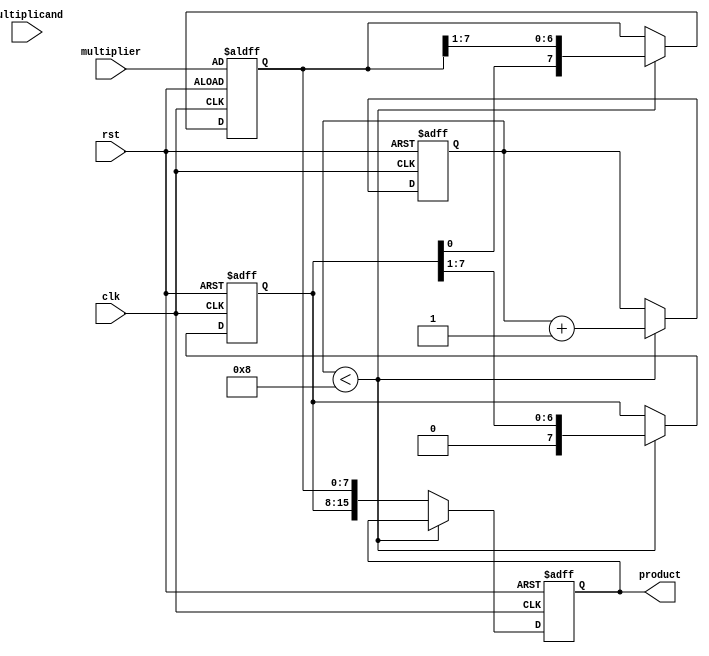
module ModifiedBoothMultiplier #(parameter N = 8) (
    input signed [N-1:0] multiplicand,
    input signed [N-1:0] multiplier,
    output reg signed [2*N-1:0] product,
    input clk,
    input rst
);

    reg signed [N-1:0] A;                // Accumulator
    reg signed [N-1:0] Q;                // Multiplier
    reg signed [N-1:0] M;                // Multiplicand
    reg Q1;                               // Previous bit of Q
    reg [3:0] count;                     // Count for iterations

    always @(posedge clk or posedge rst) begin
        if (rst) begin
            A <= 0;
            Q <= multiplier;
            M <= multiplicand;
            Q1 <= 0;
            product <= 0;
            count <= 0;
        end else begin
            if (count < N) begin
                case ({Q[0], Q1})
                    2'b00: begin
                        // No operation
                        A <= A; // No change
                    end
                    2'b01: begin
                        // Add multiplicand
                        A <= A + M;
                    end
                    2'b10: begin
                        // Subtract multiplicand
                        A <= A - M;
                    end
                    2'b11: begin
                        // No operation
                        A <= A; // No change
                    end
                endcase

                // Shift A and Q right
                {A, Q} <= {A, Q} >> 1;
                Q1 <= Q[0]; // Update Q1 with the current least significant bit of Q
                count <= count + 1;
            end else begin
                product <= {A, Q}; // Final product
            end
        end
    end
endmodule